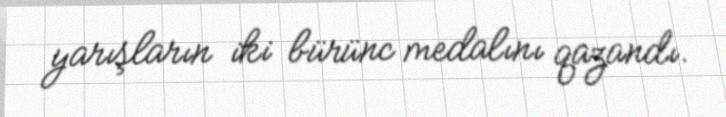
yarışların iki bürünc medalını qazandı.